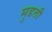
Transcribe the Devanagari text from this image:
मुडती